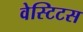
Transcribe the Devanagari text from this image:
वेस्टिटस